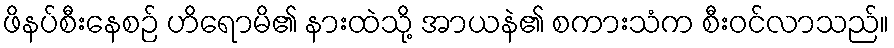
ဖိနပ်စီးနေစဉ် ဟိရောမိ၏ နားထဲသို့ အာယနဲ၏ စကားသံက စီးဝင်လာသည်။